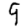
Digit: 9